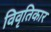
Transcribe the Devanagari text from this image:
विवृतिकार